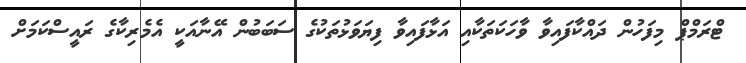
ޓްރަމްޕް މިފަހުން ދައްކާފައިވާ ވާހަކަތަކާއި އަޅާފައިވާ ފިޔަވަޅުތަކުގެ ސަބަބުން އޭނާއަކީ އެމެރިކާގެ ރައީސްކަމަށް